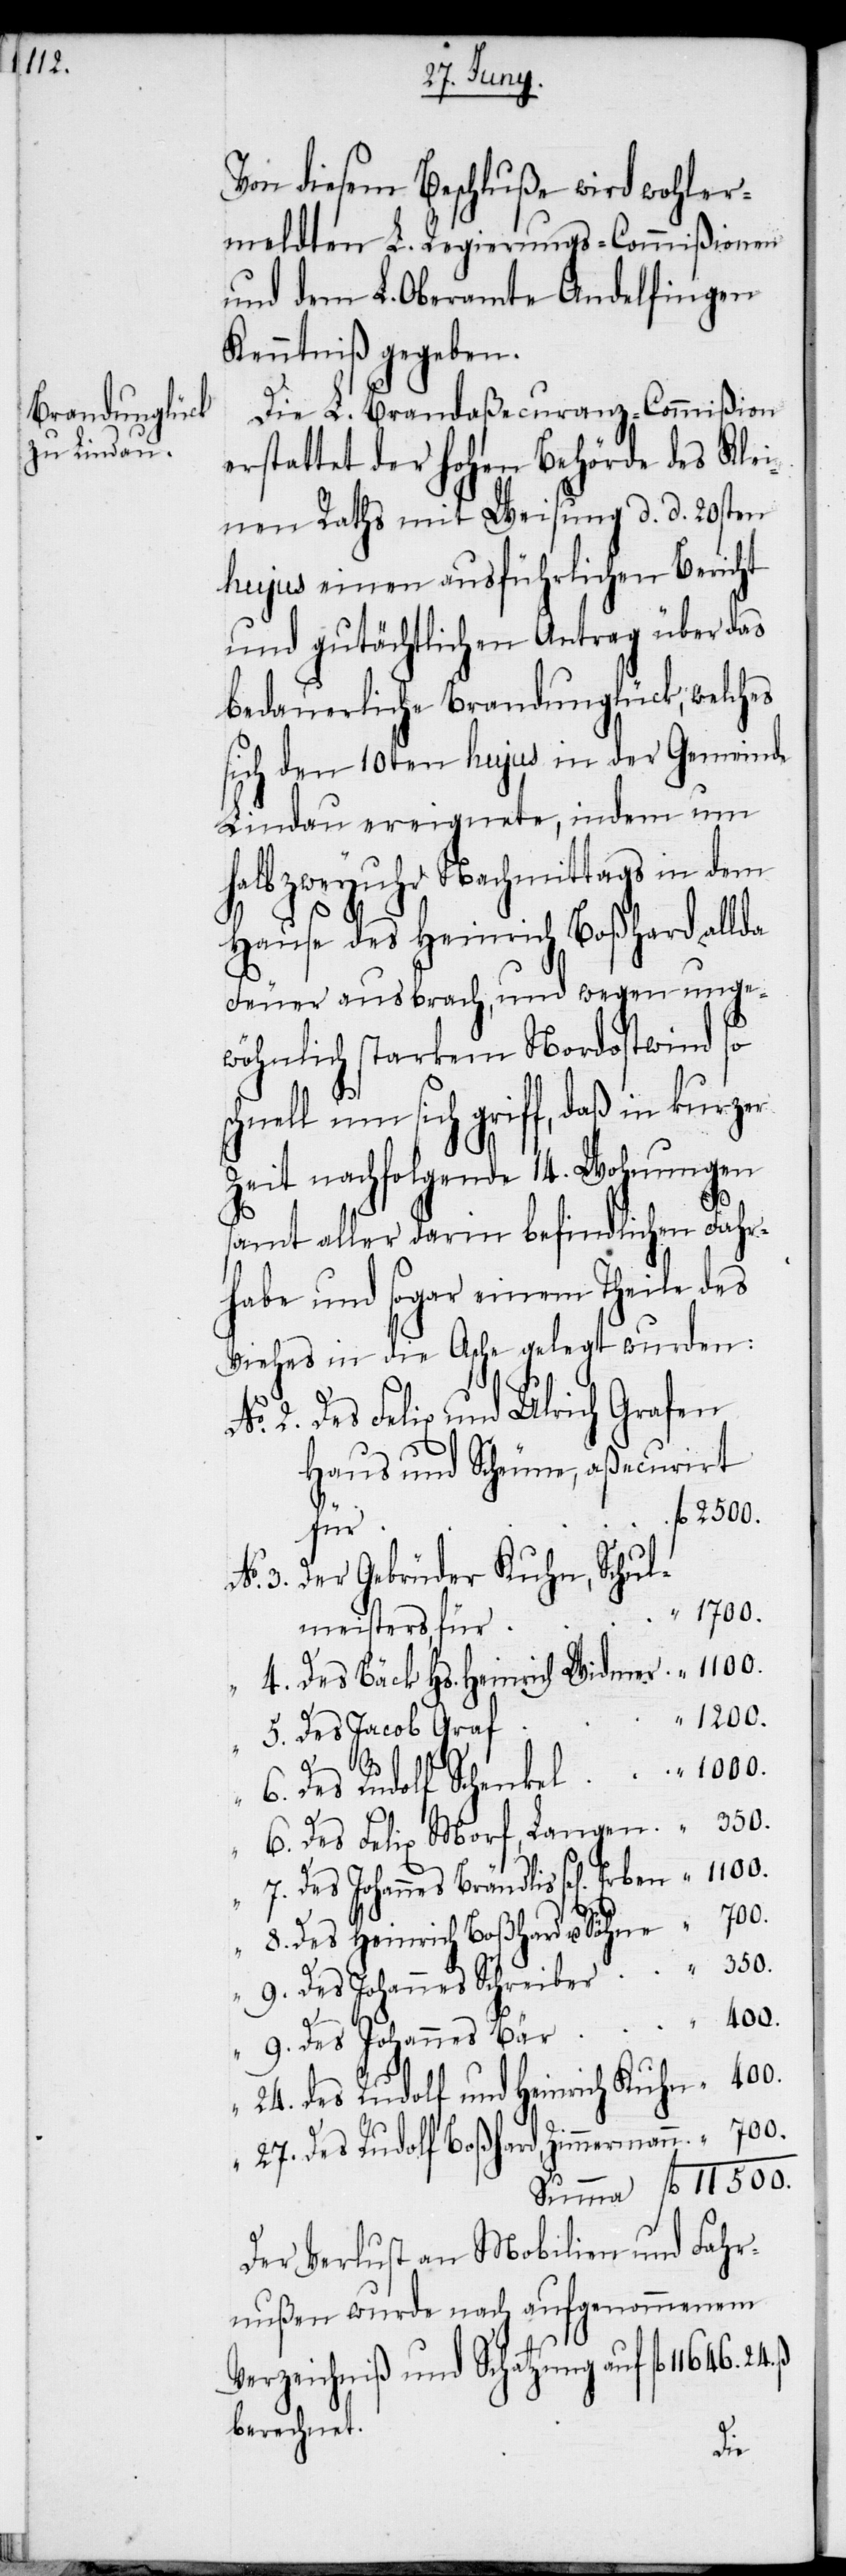
1100.
Brändlis

Von diesem Beschluße wird wohler¬
meldten L. Regierungs-Commißionen
und dem L. Oberamte Andelfingen
Kenntniß gegeben.
Die L. Brandaßecuranz-Commißion
erstattet der hohen Behörde des Klei¬
nen Raths mit Weisung d. d. 20sten
hujus einen ausführlichen Bericht
und gutächtlichen Antrag über das
bedauerliche Brandunglück, welches
sich den 10ten hujus in der Gemeinde
Lindau ereignete, indem um
halb zweyuhr Nachmittags in dem
fl
Hause des Heinrich Boßhard allda
Feuer ausbrach, und wegen unge¬
wöhnlich starkem Nordostwind so
nell um sich griff, daß in kurzer
Zeit nachfolgende 14. Wohnungen
u.
“
amt aller darin befindlichen Fahr¬
habe und sogar einem Theile des
Viehes in die Asche gelegt wurden:
Des Felix und Ulrich Grafen
Haus und Scheune, aßecurirt
3.
2500.
für
Der Gebrüder Kuhn, Schul¬
24. ß.
1700.
meisters, für
1200.
Des Jacob Graf
400.
des Rudolf und Heinrich Kuhn
Des Rudolf Boßhard, Zimmermann
Der Verlust an Mobilien und Fahr¬
nußen wurde nach aufgenommenem
Verzeichniß und Schatzung auf fl 11646.
berechnet.
Des